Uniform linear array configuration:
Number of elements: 8
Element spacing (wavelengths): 0.75
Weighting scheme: kaiser
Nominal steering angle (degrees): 15
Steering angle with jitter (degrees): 14.931
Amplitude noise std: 0.05
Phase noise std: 0.05

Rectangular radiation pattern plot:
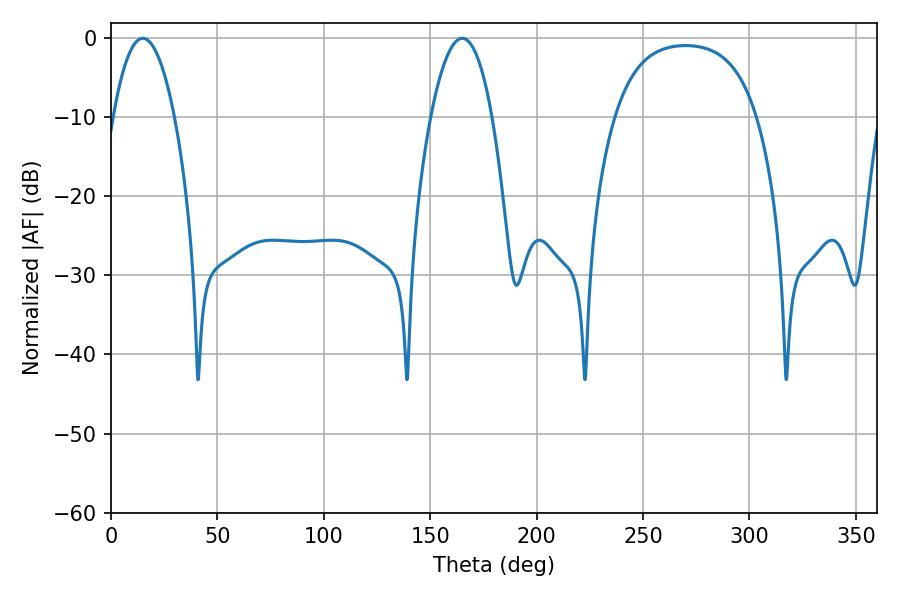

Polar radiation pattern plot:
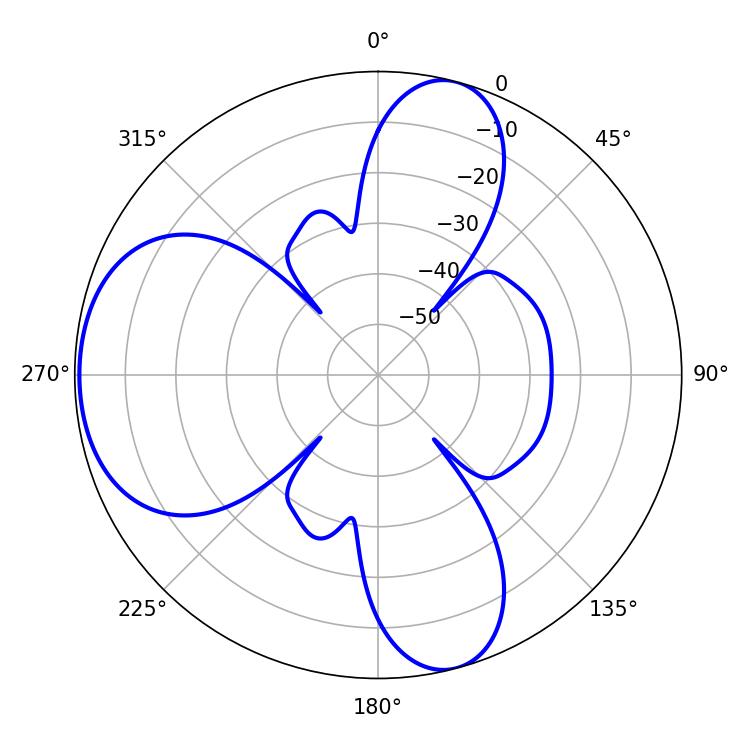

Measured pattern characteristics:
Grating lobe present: TRUE
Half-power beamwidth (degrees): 15.84
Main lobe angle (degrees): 14.94